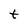
Character: t